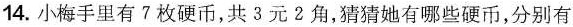
14.小梅手里有7枚硬币，共3元2角，猜猜她有哪些硬币，分别有